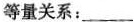
等量关系：___